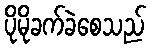
ပိုမိုခက်ခဲစေသည်